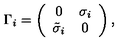
\Gamma _ { i } = \left( \begin{array} { c c } { 0 } & { \sigma _ { i } } \\ { { \tilde { \sigma } } _ { i } } & { 0 } \\ \end{array} \right) ,